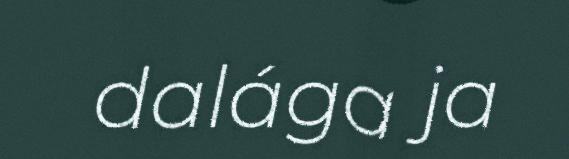
dalága ja